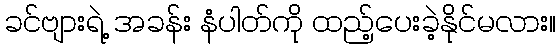
ခင်ဗျားရဲ့ အခန်း နံပါတ်ကို ထည့်ပေးခဲ့နိုင်မလား။